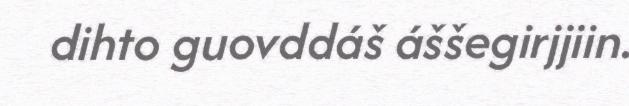
dihto guovddáš áššegirjjiin.